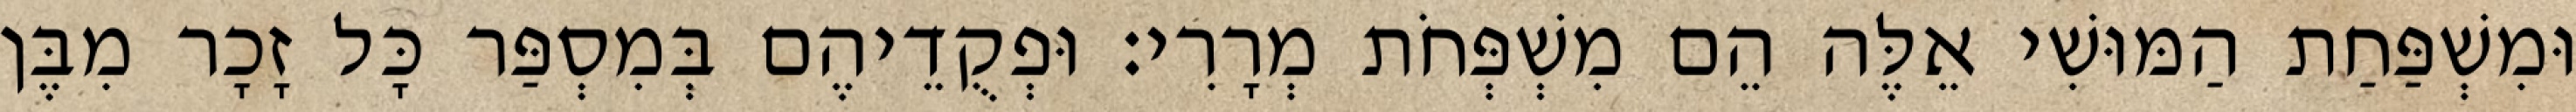
וּמִשְׁפַּחַת הַמּוּשִׁי אֵלֶּה הֵם מִשְׁפְּחֹת מְרָרִי׃ וּפְקֻדֵיהֶם בְּמִסְפַּר כָּל זָכָר מִבֶּן